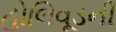
હોલિવૂડની